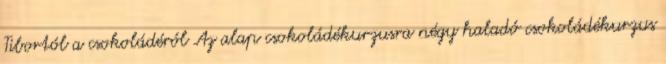
Tibortól a csokoládéról Az alap csokoládékurzusra négy haladó csokoládékurzus